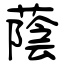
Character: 蔭